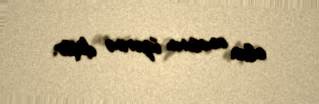
olan anasının üzərinə düşür.